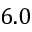
6 . 0